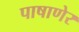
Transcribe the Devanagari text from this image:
पाषाणेर